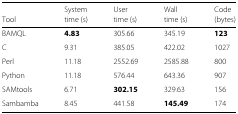
|  | System | User | Wall | Code |
 | Tool | time (s) | time (s) | time (s) | (bytes) |
 | --- | --- | --- | --- | --- |
 | BAMQL | 4.83 | 305.66 | 345.19 | 123 |
 | C | 9.31 | 385.05 | 422.02 | 1027 |
 | Perl | 11.18 | 2552.69 | 2585.88 | 800 |
 | Python | 11.18 | 576.44 | 643.36 | 907 |
 | SAMtools | 6.71 | 302.15 | 329.63 | 156 |
 | Sambamba | 8.45 | 441.58 | 145.49 | 174 |